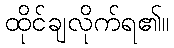
ထိုင်ချလိုက်ရ၏။